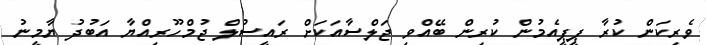
ވެރިކަން ކުރާ ޕީޕީއެމުން ކުރިން ބޭއްވި ޖަލްސާއަކަށް ރައީސުލް ޖުމްހޫރިއްޔާ އަބުދު ޔާމީނު